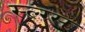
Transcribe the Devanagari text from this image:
स्ल्ग्स